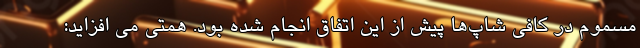
مسموم در کافی شاپ‌ها پیش از این اتفاق انجام شده بود. همتی می افزاید: